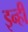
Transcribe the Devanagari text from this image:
इन्हीँ